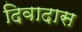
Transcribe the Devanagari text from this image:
दिवादास